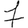
Digit: 7